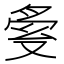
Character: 𠭟